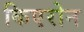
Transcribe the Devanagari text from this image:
किएरोन